Tartu_pedagoogiumi_aruanded, lk 4
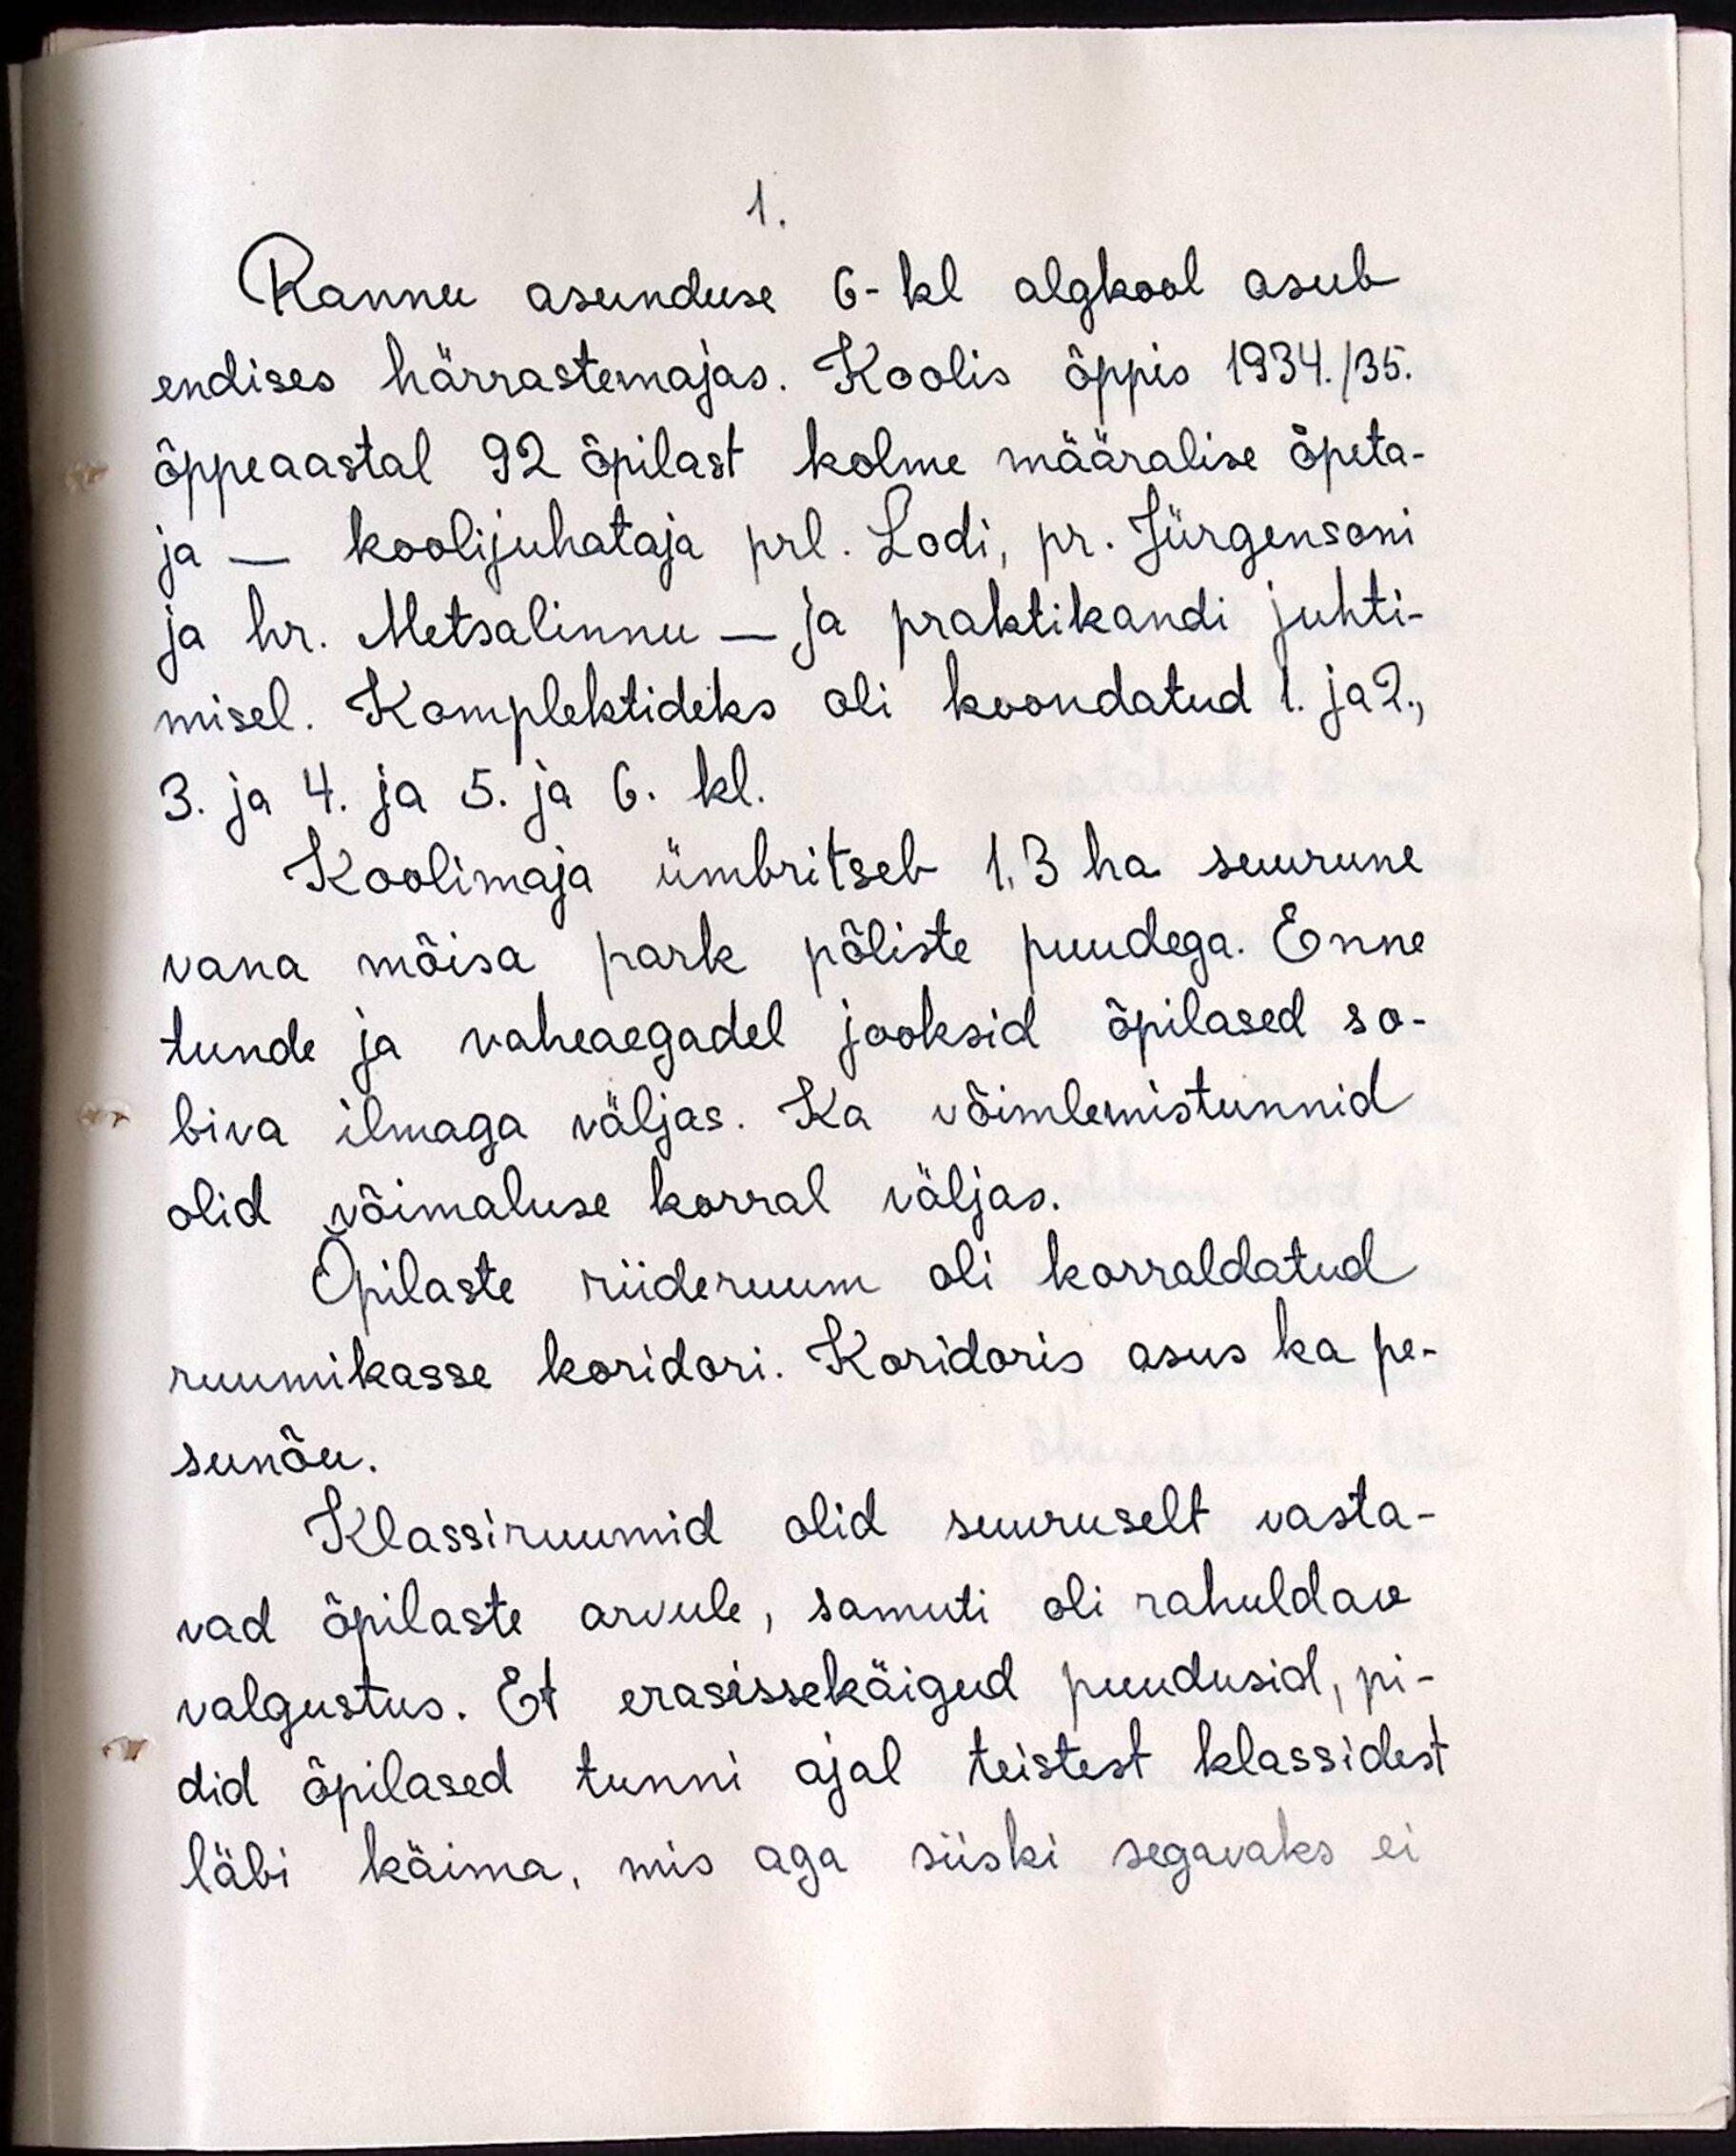
Rannu asunduse 6-kl algkool asub
endises härrastemajas. Koolis õppis 1934./35.
õppeaastal 92 õpilast kolme määralise õpeta-
ja - koolijuhataja prl. Lodi, pr. Jürgensoni
ja hr. Metsalinnu - ja praktikandi juhti-
misel. Komplektideks oli koondatud 1. ja 2,
3. ja 4. ja 5. ja 6. kl.
Koolimaja ümbritseb 1.3 ha suurune
vana mõisa park põliste puudega. Enne
tunde ja vaheaegadel jooksid õpilased so-
biva ilmaga väljas. Ka võimlemistunnid
olid võimaluse korral väljas.
Õpilaste riideruum oli korraldatud
ruumikasse koridori. Koridoris asus ka pe-
sunõu.
Klassiruumid olid suuruselt vasta-
vad õpilaste arvule, samuti oli rahuldav
valgustus. Et erasissekäigud puudusid, pi-
did õpilased tunni ajal teistest klassidest
läbi käima, mis aga siiski segavaks ei